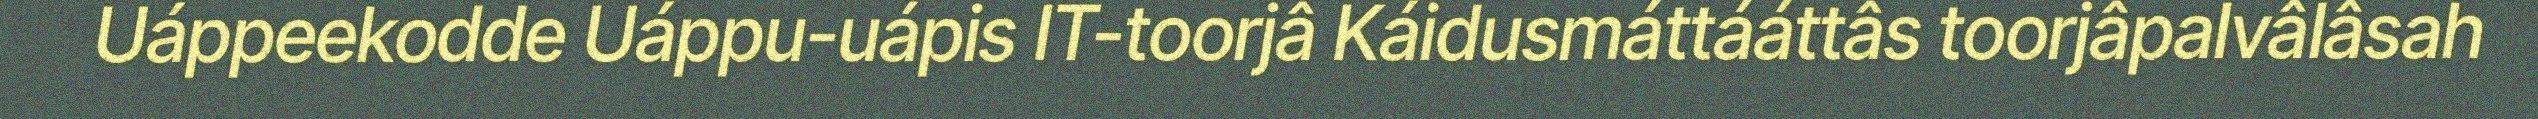
Uáppeekodde Uáppu-uápis IT-toorjâ Káidusmáttááttâs toorjâpalvâlâsah